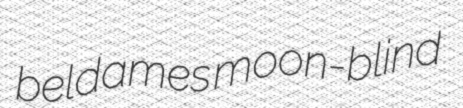
beldames moon-blind